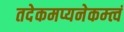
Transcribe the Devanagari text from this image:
तदेकमप्यनेकम्त्वं